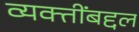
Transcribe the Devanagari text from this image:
व्यक्तींबद्दल